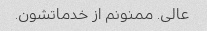
عالی. ممنونم از خدماتشون.